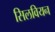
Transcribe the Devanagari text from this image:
सिलवियन